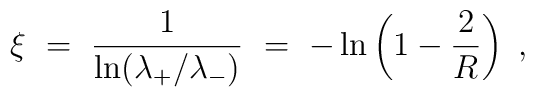
\xi\ =\ \frac{1}{\ln(\lambda_{+}/\lambda_{-})}\ =\          -\ln\left(1-\frac{2}{R}\right)\ ,